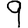
Digit: 9